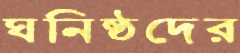
ঘনিষ্ঠদের